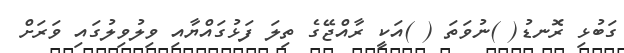
ގަބުޅި ރޮނޑު( )ނުވަތަ ( )އަކީ ރާއްޖޭގެ ތިލަ ފަޅުގައްޔާއި ވިލުވިލުގައި ވަރަށް